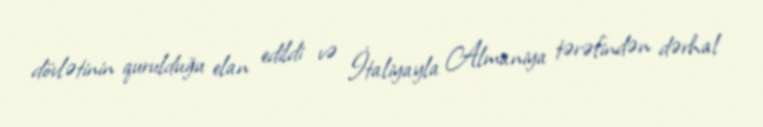
dövlətinin qurulduğu elan edildi və İtaliyayla Almaniya tərəfindən dərhal